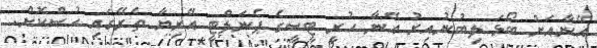
އޭނާއަށް ބޯޅަ ލިބުނުއިރު އޭނާ ހުރީ ޓީސީގެ ޕެނަލްޓީ އޭރިޔާ ތެރޭގައި ހުސްކޮށް.